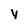
Character: y